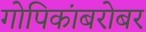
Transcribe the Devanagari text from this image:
गोपिकांबरोबर